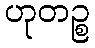
ဟုတဉ္စ